Vaccination North-Western Provinces and Oudh 1896-1901 - 1896-1901
Year: 1896
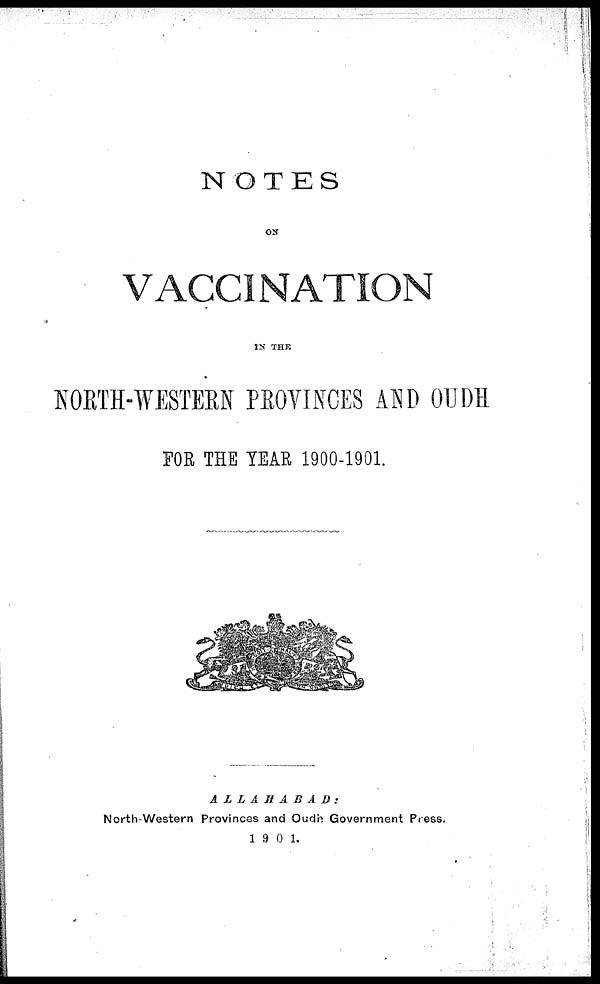
NOTES
ON
VACCINATION
IN THE
NORTH-WESTERN PROVINCES AND OUDH
FOR THE YEAR 1900-1901.
ALLAHABAD:
North-Western Provinces and Oudh Government Press.
1901.